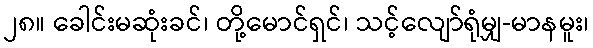
၂၈။ ခေါင်းမဆုံးခင်၊ တို့မောင်ရှင်၊ သင့်လျော်ရုံမျှ-မာနမူး၊